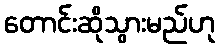
တောင်းဆိုသွားမည်ဟု